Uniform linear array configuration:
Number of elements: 64
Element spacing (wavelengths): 0.5
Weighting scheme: cosine
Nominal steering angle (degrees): -60
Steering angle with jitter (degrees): -58.133
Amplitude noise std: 0.05
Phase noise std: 0.05

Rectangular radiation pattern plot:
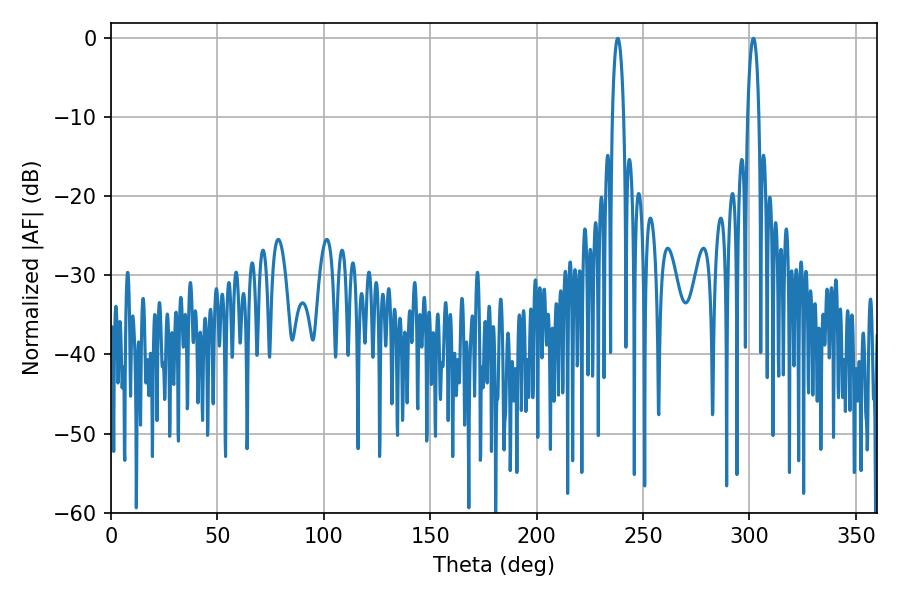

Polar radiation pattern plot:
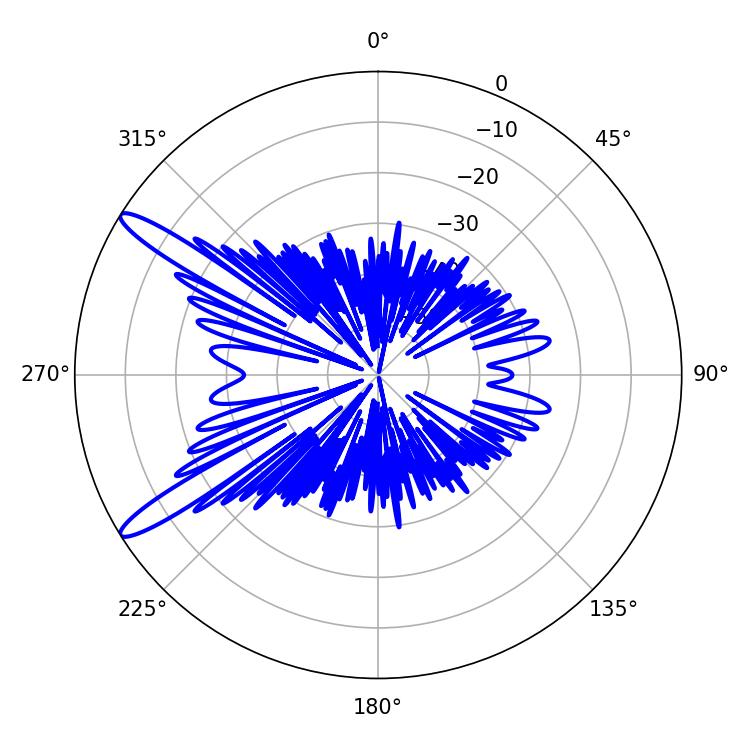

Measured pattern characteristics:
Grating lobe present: FALSE
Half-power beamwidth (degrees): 2.88
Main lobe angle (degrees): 238.14